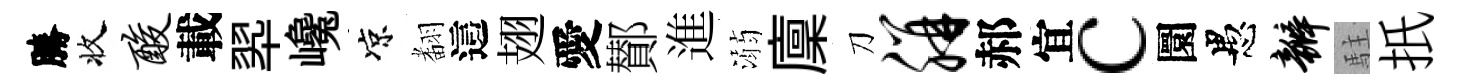
勝收酸載翆巉凉𮋒這翅愛鄼進溺廩刀胼郝宜c圜愚瓣駐扺